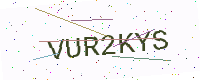
Text: VUR2KYS